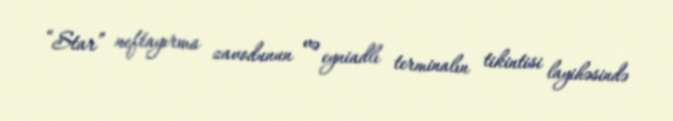
“Star” neftayırma zavodunun və eyniadlı terminalın tikintisi layihəsində